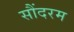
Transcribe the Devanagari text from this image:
सौंदरम